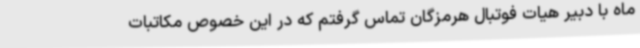
ماه با دبیر هیات فوتبال هرمزگان تماس گرفتم که در این خصوص مکاتبات